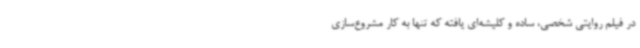
در فیلم روایتی شخصی، ساده و کلیشه‌ای یافته که تنها به کار مشروع‌سازی